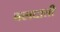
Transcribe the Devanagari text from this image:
बलदाती